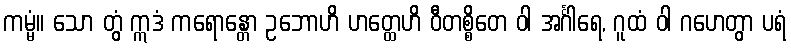
ကမ္မံ။ သော တွံ ဣဒံ ကရောန္တော ဥဘောဟိ ဟတ္ထေဟိ ဝီတစ္စိတေ ဝါ အင်္ဂါရေ, ဂူထံ ဝါ ဂဟေတွာ ပရံ